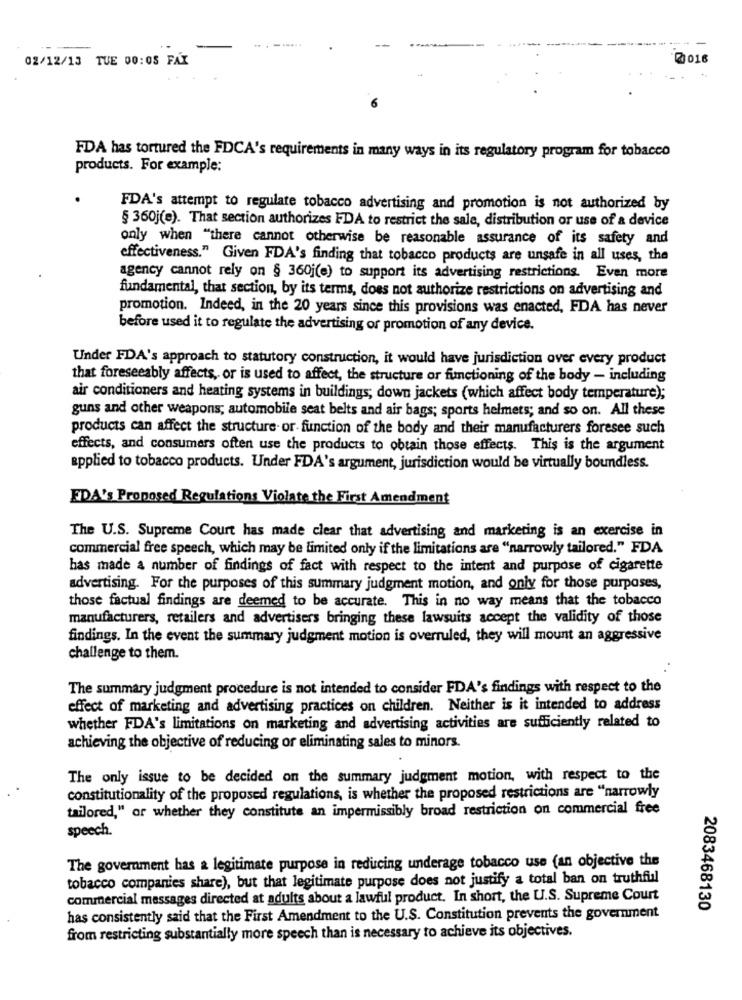
02/12/13 TUE 00:05 FAX
@016
FDA has tortured the FDCA's requirements in many ways in its regulatory program for tobacco
products. For example:
FDA's attempt to regulate tobacco advertising and promotion is not authorized by
§ 360j(e). That section authorizes FDA to restrict the sale, distribution or use of a device
only when "there cannot otherwise be reasonable assurance of its safety and
effectiveness." Given FDA's finding that tobacco products are unsafe in all uses, the
agency cannot rely on § 360;(e) to support its advertising restrictions. Even more
fundamental, that section, by its terms, does not authorize restrictions on advertising and
promotion. Indeed, in the 20 years since this provisions was enacted, FDA has never
before used it to regulate the advertising or promotion of any device.
Under FDA's approach to statutory construction, it would have jurisdiction over every product
that foreseeably affects, or is used to affect, the structure or functioning of the body - including
air conditioners and heating systems in buildings; down jackets (which affect body temperature);
guns and other weapons; automobile seat belts and air bags; sports helmets; and so on. All these
products can affect the structure. or function of the body and their manufacturers foresee such
effects, and consumers often use the products to obtain those effects. This is the argument
applied to tobacco products. Under FDA's argument, jurisdiction would be virtually boundless.
FDA's Proposed Regulations Violate the First Amendment
The U.S. Supreme Court has made clear that advertising and marketing is an exercise in
commercial free speech, which may be limited only if the limitations are "narrowly tailored." FDA
has made a number of findings of fact with respect to the intent and purpose of cigarette
advertising. For the purposes of this summary judgment motion, and only for those purposes,
those factual findings are deemed to be accurate. This in no way means that the tobacco
manufacturers, retailers and advertisers bringing these lawsuits accept the validity of those
findings. In the event the summary judgment motion is overruled, they will mount an aggressive
challenge to them.
The summary judgment procedure is not intended to consider FDA's findings with respect to the
effect of marketing and advertising practices on children. Neither is it intended to address
whether FDA's limitations on marketing and advertising activities are sufficiently related to
achieving the objective of reducing or eliminating sales to minors.
The only issue to be decided on the summary judgment motion, with respect to the
constitutionality of the proposed regulations, is whether the proposed restrictions are "narrowly
tailored," or whether they constitute an impermissibly broad restriction on commercial free
speech.
The government has a legitimate purpose in reducing underage tobacco use (an objective the
tobacco companies share), but that legitimate purpose does not justify a total ban on truthful
commercial messages directed at adults about a lawful product. In short, the U.S. Supreme Court
2083468130
has consistently said that the First Amendment to the U.S. Constitution prevents the government
from restricting substantially more speech than is necessary to achieve its objectives.